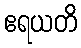
ဧရယတိ